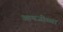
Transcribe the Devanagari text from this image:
आयजीच्या